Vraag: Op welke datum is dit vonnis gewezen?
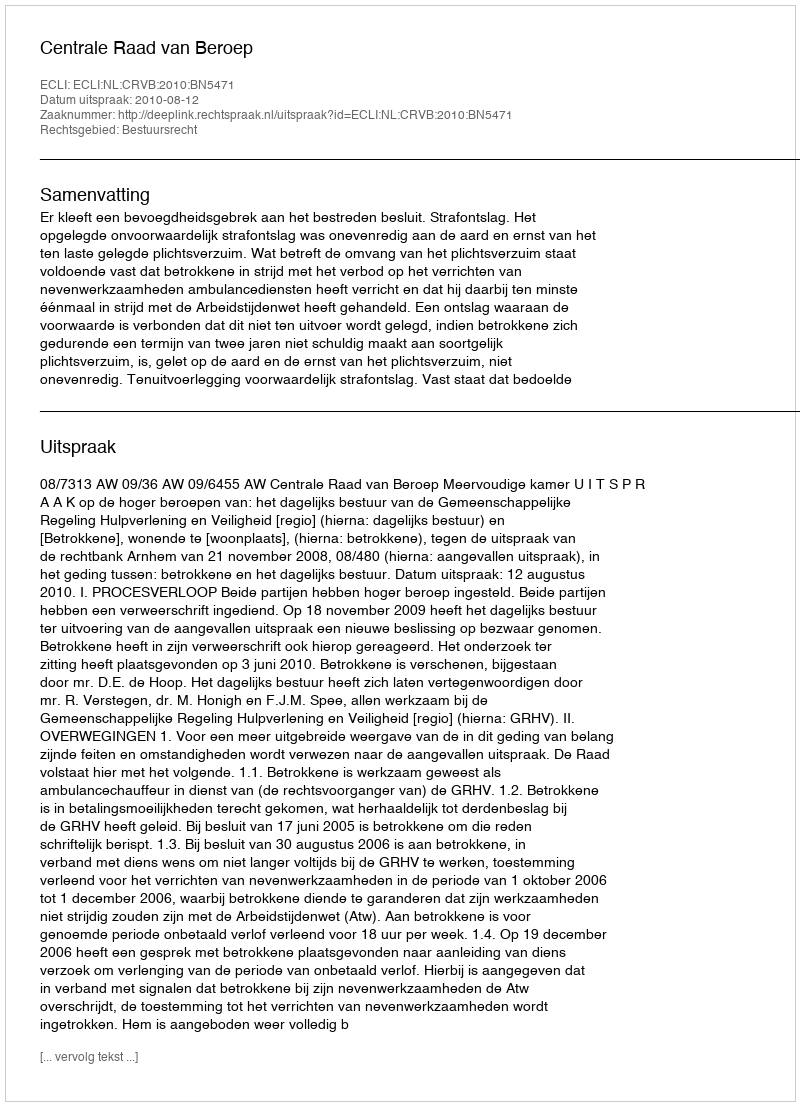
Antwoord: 2010-08-12